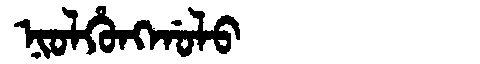
Manchu: ᠨᡳᠣᠯᡥᡠᠩᡤᠣᠯᠣ
Romanization: NIOLHUNGGOLO